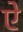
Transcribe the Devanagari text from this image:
एे